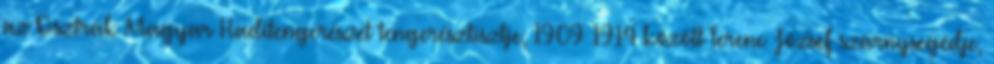
az Osztrák–Magyar Haditengerészet tengerésztisztje, 1909–1914 között Ferenc József szárnysegédje,